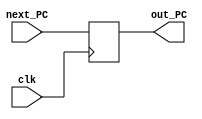
module PC (clk , next_PC , out_PC);
	input clk;
	input [31:0] next_PC;
	output reg[31:0] out_PC;

	always@(posedge clk) begin 
		out_PC <= next_PC;
	end
endmodule